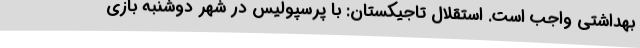
بهداشتی واجب است. استقلال تاجیکستان: با پرسپولیس در شهر دوشنبه بازی